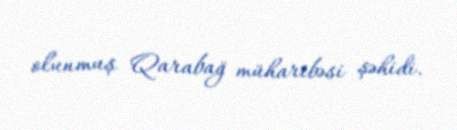
olunmuş Qarabağ müharibəsi şəhidi.